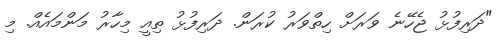
"ދަރިފުޅު ޖެހޭނެ ވަރަށް ހިތްވަރު ކުރަން. ދަރިފުޅު ތިއީ މިހާރު މަންމައެއް. މި